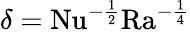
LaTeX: \delta=\mathrm{{Nu}}^{-\frac{1}{2}}\mathrm{{Ra}}^{-\frac{1}{4}}